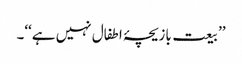
’’بیعت بازیچۂ اطفال نہیں ہے‘‘۔